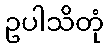
ဥပါသိတုံ